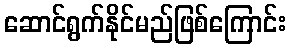
ဆောင်ရွက်နိုင်မည်ဖြစ်ကြောင်း